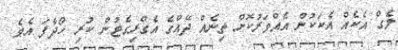
ލެގް އެކެއް އެކަކުން އެއްވަރުކޮށް ތިނެއް ދޭއްގެ އެގްރިގެޓުން ކުރި ހޯދާފަ އެވެ.